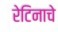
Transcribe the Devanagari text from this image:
रेटिनाचे